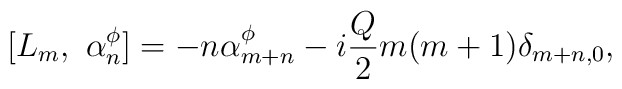
[L_m, ~ \alpha^{\phi}_n] = -n\alpha^{\phi}_{m+n} -i{Q\over 2}m(m+1)\delta_{m+n,0},